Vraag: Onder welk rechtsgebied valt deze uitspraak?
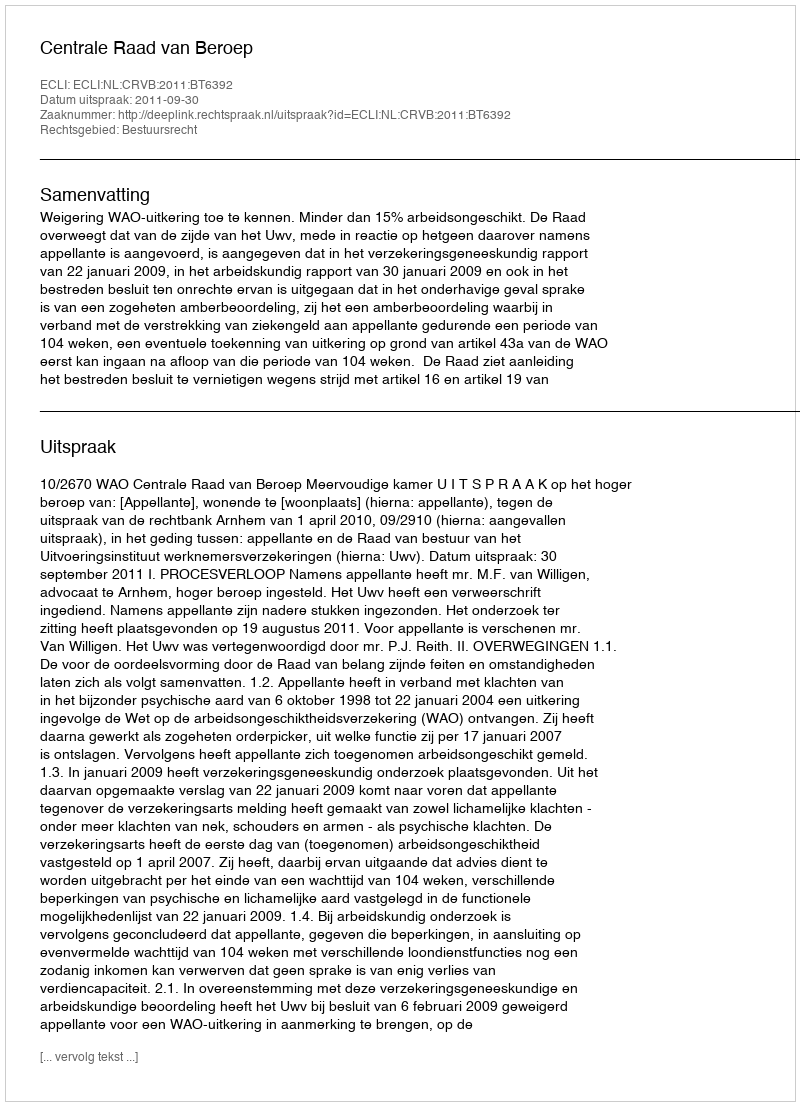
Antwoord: Bestuursrecht